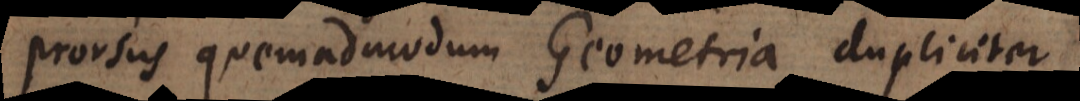
prorsus quemadmodum Geometria dupliciter